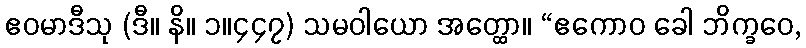
ဧဝမာဒီသု (ဒီ။ နိ။ ၁။၄၄၇) သမဝါယော အတ္ထော။ “ဧကောဝ ခေါ ဘိက္ခဝေ,